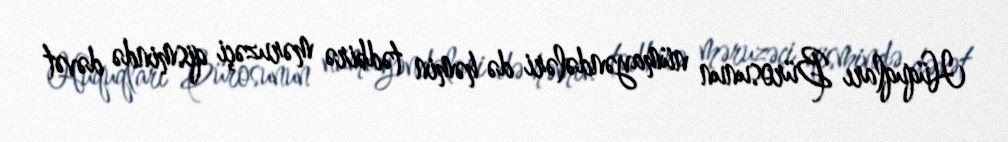
Hüquqları Bürosunun nümayəndələri də həmin tədbirə məruzəçi qismində dəvət